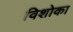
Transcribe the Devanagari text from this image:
विशोका